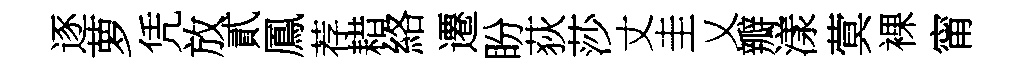
逐萝凭放貳鳳荐耤絡遷盼荻莎丈圭乂瓣漾蓂裸甯